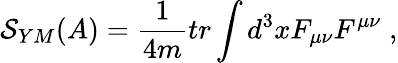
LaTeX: \mathcal{S}_{YM}(A)=\frac 1{4m}tr\int d^{3}xF_{\mu\nu}F^{\mu\nu}\; ,